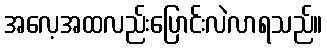
အလေ့အထလည်းပြောင်းလဲလာရသည်။